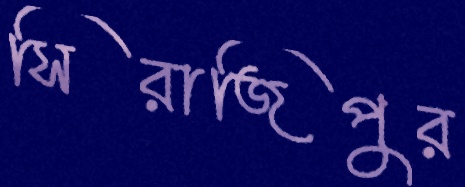
সিরাজিপুর